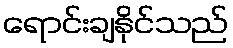
ရောင်းချနိုင်သည်